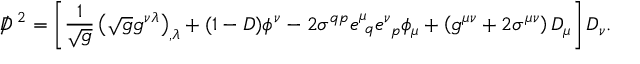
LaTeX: D \! \! \! \! / ^ { ~ 2 } = \left[ { \frac { 1 } { \sqrt g } } \left( { \sqrt g } g ^ { \nu \lambda } \right) _ { , \lambda } + ( 1 - { \cal D } ) \phi ^ { \nu } - 2 \sigma ^ { q p } e _ { ~ q } ^ { \mu } e _ { ~ p } ^ { \nu } \phi _ { \mu } + \left( g ^ { \mu \nu } + 2 \sigma ^ { \mu \nu } \right) D _ { \mu } \right] D _ { \nu } .